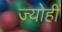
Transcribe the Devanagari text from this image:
ज्योहीं